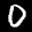
Label: 0